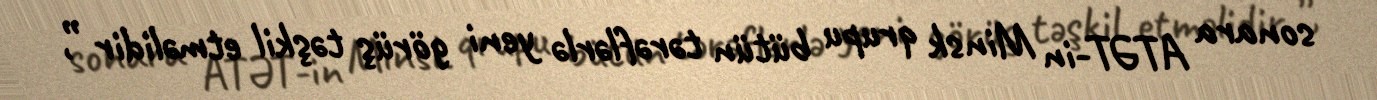
sonara ATƏT-in Minsk qrupu bütün tərəflərlə yeni görüş təşkil etməlidir ”,